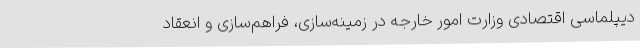
دیپلماسی اقتصادی وزارت امور خارجه در زمینه‌سازی، فراهم‌سازی و انعقاد